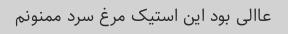
عاالی بود این استیک مرغ سرد ممنونم